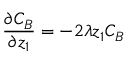
\frac { \partial C _ { B } } { \partial z _ { 1 } } = - 2 \lambda z _ { 1 } C _ { B }